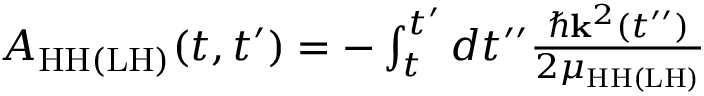
\begin{array} { r } { A _ { \mathrm { { H H ( L H ) } } } ( t , t ^ { \prime } ) = - \int _ { t } ^ { t ^ { \prime } } d t ^ { \prime \prime } \frac { \hbar { { \bf k } ^ { 2 } ( t ^ { \prime \prime } ) } } { 2 \mu _ { \mathrm { H H ( L H ) } } } } \end{array}